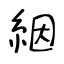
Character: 絪